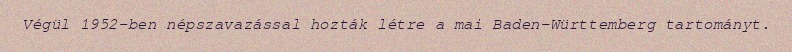
Végül 1952-ben népszavazással hozták létre a mai Baden-Württemberg tartományt.